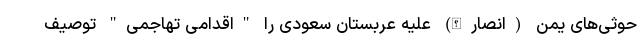
حوثی‌های یمن (انصارالله) علیه عربستان سعودی را "اقدامی تهاجمی" توصیف